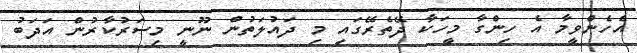
އެހެންވީމާ އެ ހިންގާ މީހަކާ ދޭތެރޭގައި މި ދައުލަތުން ނޫނީ މިސަރުކާރުން އަދަބު